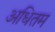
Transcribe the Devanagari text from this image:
अधितम